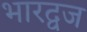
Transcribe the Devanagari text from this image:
भारद्वज